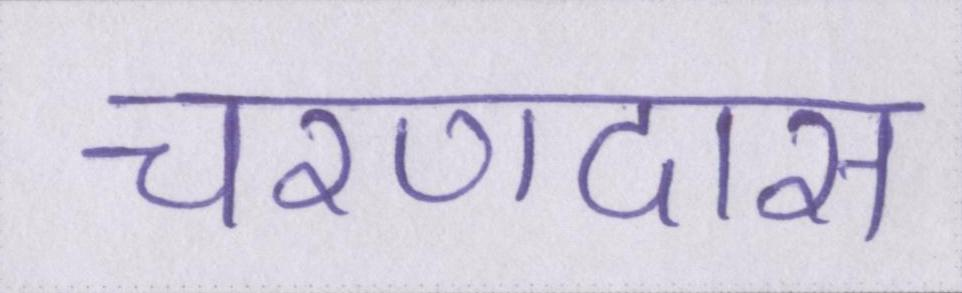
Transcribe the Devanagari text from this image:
चरणदास